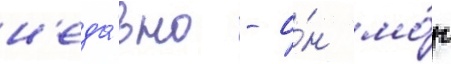
н'еда́вно - о́н мо́г